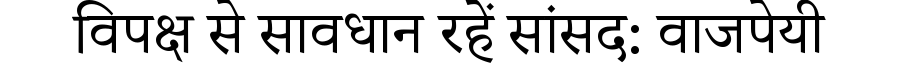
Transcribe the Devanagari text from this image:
विपक्ष से सावधान रहें सांसद: वाजपेयी